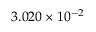
3 . 0 2 0 \times 1 0 ^ { - 2 }